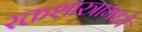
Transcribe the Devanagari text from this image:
रक्तशास्त्रामध्ये